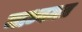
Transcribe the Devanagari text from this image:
माध्वमत